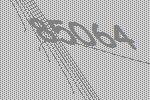
85064